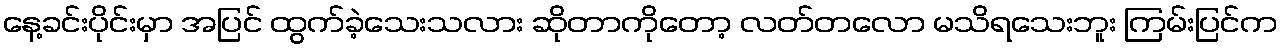
နေ့ခင်းပိုင်းမှာ အပြင် ထွက်ခဲ့သေးသလား ဆိုတာကိုတော့ လတ်တလော မသိရသေးဘူး ကြမ်းပြင်က